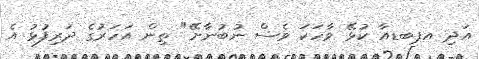
އަދި އޕބޑއާ ކުޅޭ ވާހަކަ ވެސް ނުބުނާށޭ" ތިން އަހަރުގެ ދަރިފުޅު އެ